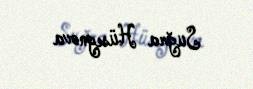
Suğra Hüseynova